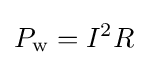
P_{\rm {w}}=I^{2}R